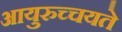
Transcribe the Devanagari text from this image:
आयुरुच्चयते